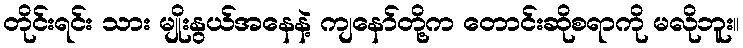
တိုင်းရင်း သား မျိုးနွယ်အနေနဲ့ ကျနော်တို့က တောင်းဆိုစရာကို မလိုဘူး။